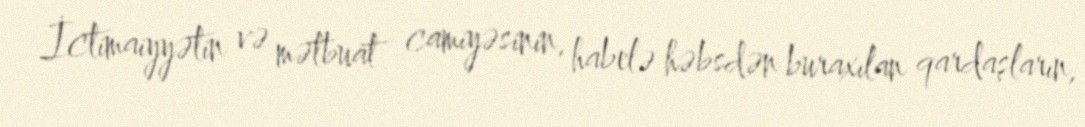
İctimaiyyətin və mətbuat camiyəsinin, habelə həbsdən buraxılan qardaşların,